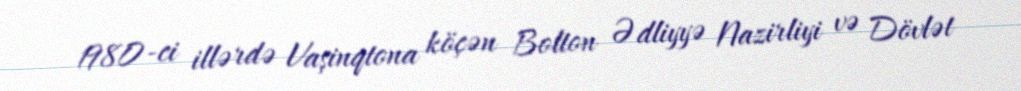
1980-ci illərdə Vaşinqtona köçən Bolton Ədliyyə Nazirliyi və Dövlət